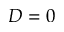
D = 0